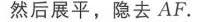
$\frac{FG}{CA}$